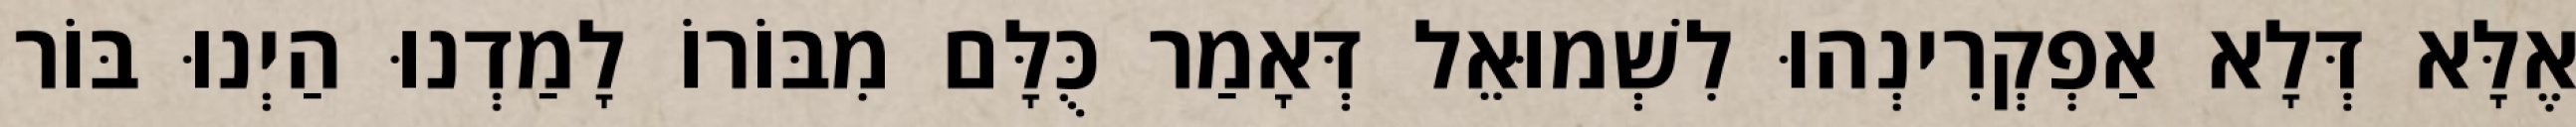
אֶלָּא דְּלָא אַפְקְרִינְהוּ לִשְׁמוּאֵל דְּאָמַר כֻּלָּם מִבּוֹרוֹ לָמַדְנוּ הַיְנוּ בּוֹר